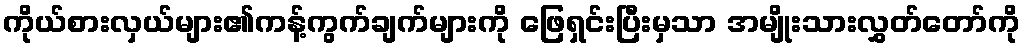
ကိုယ်စားလှယ်များ၏ကန့်ကွက်ချက်များကို ဖြေရှင်းပြီးမှသာ အမျိုးသားလွှတ်တော်ကို